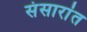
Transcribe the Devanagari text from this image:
संसारांत